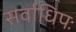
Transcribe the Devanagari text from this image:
सर्वाधिपः